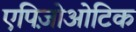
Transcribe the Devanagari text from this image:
एपिज़ोओटिक